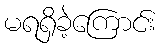
မရရှိခဲ့ကြောင်း